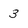
Character: 3